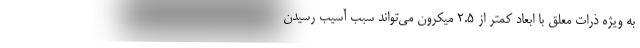
به ویژه ذرات معلق با ابعاد کمتر از ۲.۵ میکرون می‌تواند سبب آسیب رسیدن